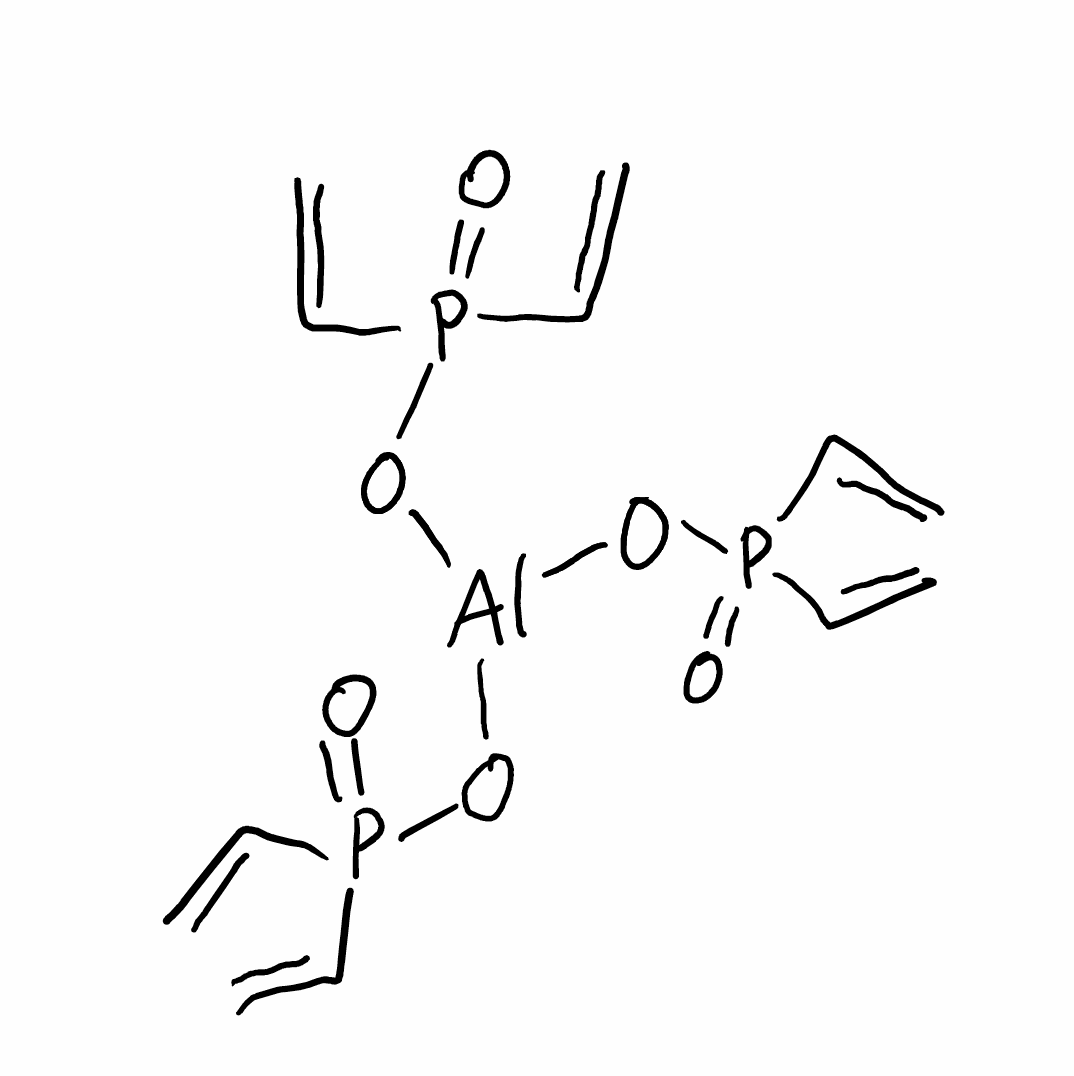
Simplified molecular-input line-entry system (SMILES) notation of the given molecule:
C=CP(=O)(C=C)O[Al](OP(=O)(C=C)C=C)OP(=O)(C=C)C=C